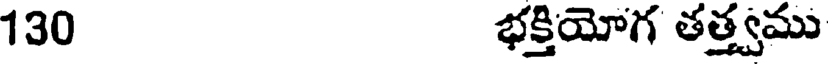
130 భక్తియోగ తత్త్వము